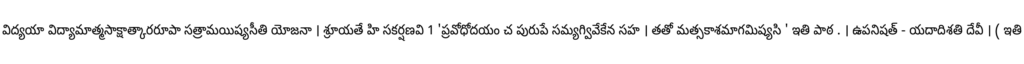
విద్యయా విద్యామాత్మసాక్షాత్కారరూపా సత్రామయిష్యసీతి యోజనా । శ్రూయతే హి సకర్షణవి 1 'ప్రవోధోదయం చ పురుపే సమ్యగ్వివేకేన సహ । తతో మత్సకాశమాగమిష్యసి ' ఇతి పాఠ . । ఉపనిషత్ - యదాదిశతి దేవీ । ( ఇతి